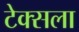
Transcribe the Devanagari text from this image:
टेक्सला